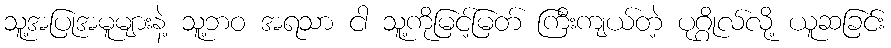
သူ့အပြုအမူများနဲ့ သူ့ဘဝ အရသာ ငါ သူ့ကိုမြင့်မြတ် ကြီးကျယ်တဲ့ ပုဂ္ဂိုလ်လို့ ယူဆခြင်း